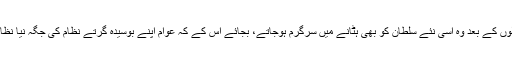
کچھ سالوں کے بعد وہ اسی نئے سلطان کو بھی ہٹانے میں سرگرم ہوجاتے، بجائے اس کے کہ عوام اپنے بوسیدہ گرتے نظام کی جگہ نیا نظام لاتے۔